Indian journal of veterinary science and animal husbandry - Volumes 18-21, 1948-1951
Year: 1948
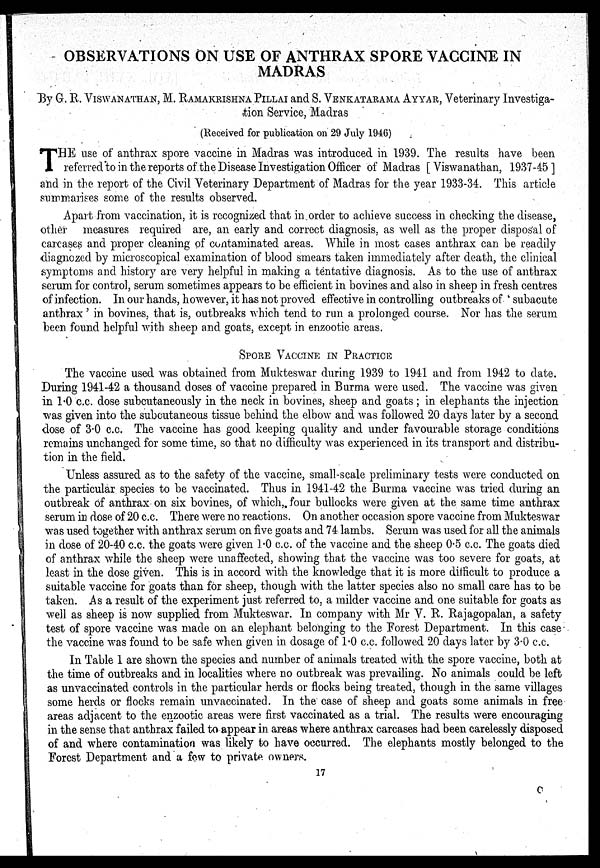
OBSERVATIONS ON USE OF ANTHRAX SPORE VACCINE IN
MADRAS
By G. R. VISWANATHAN, M. RAMAKRISHNA PILLAI and S. VENKATARAMA AYYAR, Veterinary Investiga-
tion Service, Madras
(Received for publication on 29 July 1946)
T HE use of anthrax spore vaccine in Madras was introduced in 1939. The results have been
referred to in the reports of the Disease Investigation Officer of Madras [Viswanathan, 1937-45]
and in the report of the Civil Veterinary Department of Madras for the year 1933-34. This article
summarises some of the results observed.
Apart from vaccination, it is recognized that in order to achieve success in checking the disease,
other measures required are, an early and correct diagnosis, as well as the proper disposal of
carcases and proper cleaning of contaminated areas. While in most cases anthrax can be readily
diagnozed by microscopical examination of blood smears taken immediately after death, the clinical
symptoms and history are very helpful in making a tentative diagnosis. As to the use of anthrax
serum for control, serum sometimes appears to be efficient in bovines and also in sheep in fresh centres
of infection. In our hands, however, it has not proved effective in controlling outbreaks of 'subacute
anthrax' in bovines. that is, outbreaks which tend to run a prolonged course. Nor has the serum
been found helpful with sheep and goats, except in enzootic areas.
SPORE VACCINE IN PRACTICE
The vaccine used was obtained from Mukteswar during 1939 to 1941 and from 1942 to date.
During 1941-42 a thousand doses of vaccine prepared in Burma were used. The vaccine was given
in 1.0 c.c. dose subcutaneously in the neck in bovines, sheep and goats; in elephants the injection
was given into the subcutaneous tissue behind the elbow and was followed 20 days later by a second
dose of 3.0 c.c. The vaccine has good keeping quality and under favourable storage conditions
remains unchanged for some time, so that no difficulty was experienced in its transport and distribu-
tion in the field.
Unless assured as to the safety of the vaccine, small-scale preliminary tests were conducted on
the particular species to be vaccinated. Thus in 1941-42 the Burma vaccine was tried during an
outbreak of anthrax on six bovines, of which, four bullocks were given at the same time anthrax
serum in dose of 20 c.c. There were no reactions. On another occasion spore vaccine from Mukteswar
was used together with anthrax serum on five goats and 74 lambs. Serum was used for all the animals
in dose of 20-40 c.c. the goats were given 1.0 c.c. of the vaccine and the sheep 0.5 c.c. The goats died
of anthrax while the sheep were unaffected, showing that the vaccine was too severe for goats, at
least in the dose given. This is in accord with the knowledge that it is more difficult to produce a
suitable vaccine for goats than for sheep, though with the latter species also no small care has to be
taken. As a result of the experiment just referred to, a milder vaccine and one suitable for goats as
well as sheep is now supplied from Mukteswar. In company with Mr V. R. Rajagopalan, a safety
test of spore vaccine was made on an elephant belonging to the Forest Department. In this case
the vaccine was found to be safe when given in dosage of 1.0 c.c. followed 20 days later by 3.0 c.c.
In Table 1 are shown the species and number of animals treated with the spore vaccine, both at
the time of outbreaks and in localities where no outbreak was prevailing. No animals could be left
as unvaccinated controls in the particular herds or flocks being treated, though in the same villages
some herds or flocks remain unvaccinated. In the case of sheep and goats some animals in free
areas adjacent to the enzootic areas were first vaccinated as a trial. The results were encouraging
in the sense that anthrax failed to appear in areas where anthrax carcases had been carelessly disposed
of and where contamination was likely to have occurred. The elephants mostly belonged to the
Forest Department and a few to private owners.
17
O